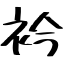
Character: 衿